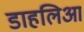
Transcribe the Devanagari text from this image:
डाहलिआ